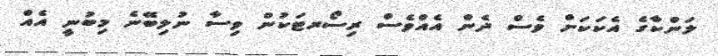
ލަންކާގެ އެކަކަށް ވެސް ދެން އެއްވެސް ރިސޯރޓަކުން ވިސާ ނުލިބޭނެ މިބުނީ އެެއް